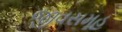
જીવસમૂહ